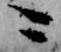
ニ